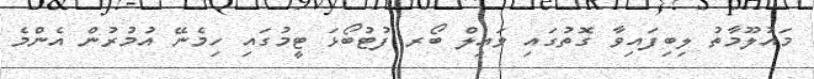
މައުލޫމާތު ލިބިފައިވާ ގޮތުގައި ވައިލްް ބޯރ ފުޓުބޯޅަ ޓީމުގައި ހިމެނޭ އުމުރުން އެންމެ